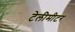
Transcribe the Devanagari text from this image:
टेलीमीटर